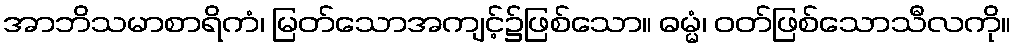
အာဘိသမာစာရိကံ၊ မြတ်သောအကျင့်၌ဖြစ်သော။ ဓမ္မံ၊ ဝတ်ဖြစ်သောသီလကို။